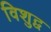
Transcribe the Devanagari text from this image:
विशुद्व